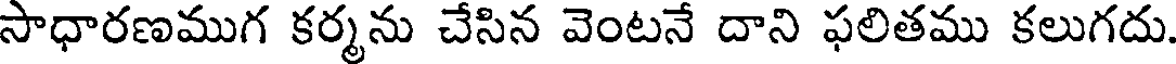
సాధారణముగ కర్మను చేసిన వెంటనే దాని ఫలితము కలుగదు.